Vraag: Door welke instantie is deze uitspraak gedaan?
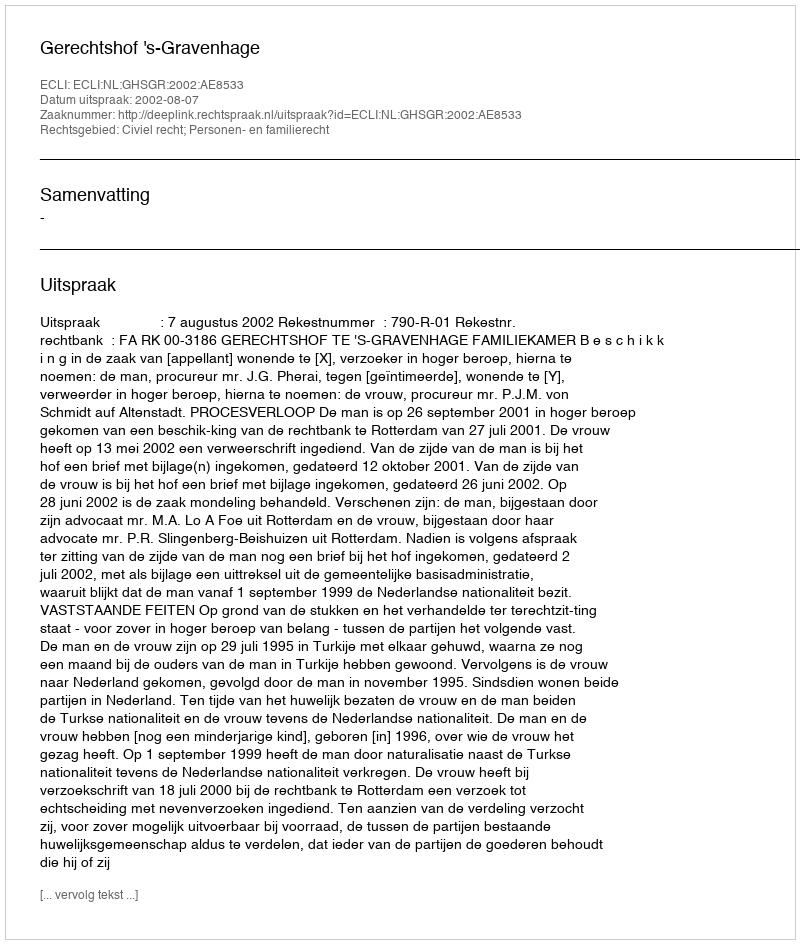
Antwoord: Gerechtshof 's-Gravenhage